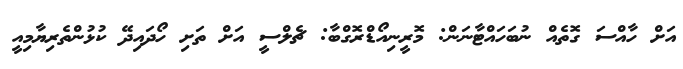
އަށް ހާއްސަ ގޮތެއް ނުބަހައްޓާނަން: މޮރީނިއޯޑްރޮގްބާ: ޗެލްސީ އަށް ތަށި ހޯދައިދޭ ކުޅުންތެރިޔާމިއީ